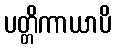
ပတ္တိကာယာပိ